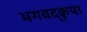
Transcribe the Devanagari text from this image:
भगवद्कृपा